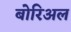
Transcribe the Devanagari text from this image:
बोरिअल